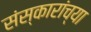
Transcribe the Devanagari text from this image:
संस्कारांच्या